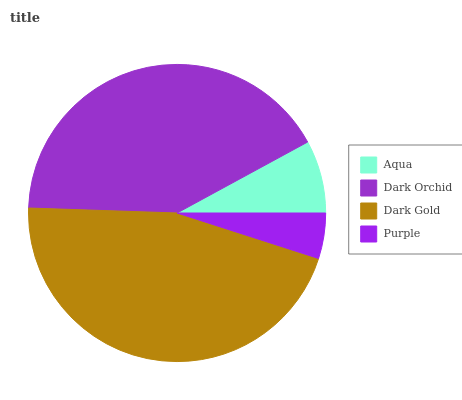
| Aqua | Dark Orchid | Dark Gold | Purple |
 | --- | --- | --- | --- |
 | 7.93% | 41.6% | 45.5% | 4.95% |